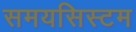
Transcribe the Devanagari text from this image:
समयसिस्टम